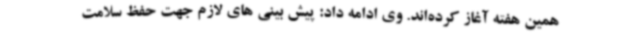
همین هفته آغاز کرده‌اند. وی ادامه داد: پیش بینی های لازم جهت حفظ سلامت